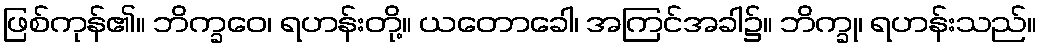
ဖြစ်ကုန်၏။ ဘိက္ခဝေ၊ ရဟန်းတို့။ ယတောခေါ၊ အကြင်အခါ၌။ ဘိက္ခု၊ ရဟန်းသည်။